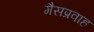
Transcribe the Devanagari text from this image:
गैसप्रवाह